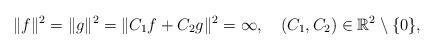
LaTeX: \begin{align*}\Vert f\Vert^2=\Vert g\Vert^2=\Vert C_1 f+C_2 g\Vert^2=\infty,\quad(C_1,C_2)\in {\mathbb R}^2\setminus\{0\},\end{align*}